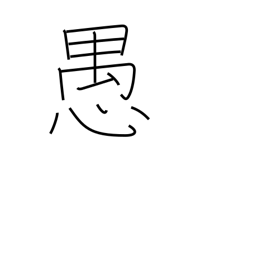
Meaning: folly